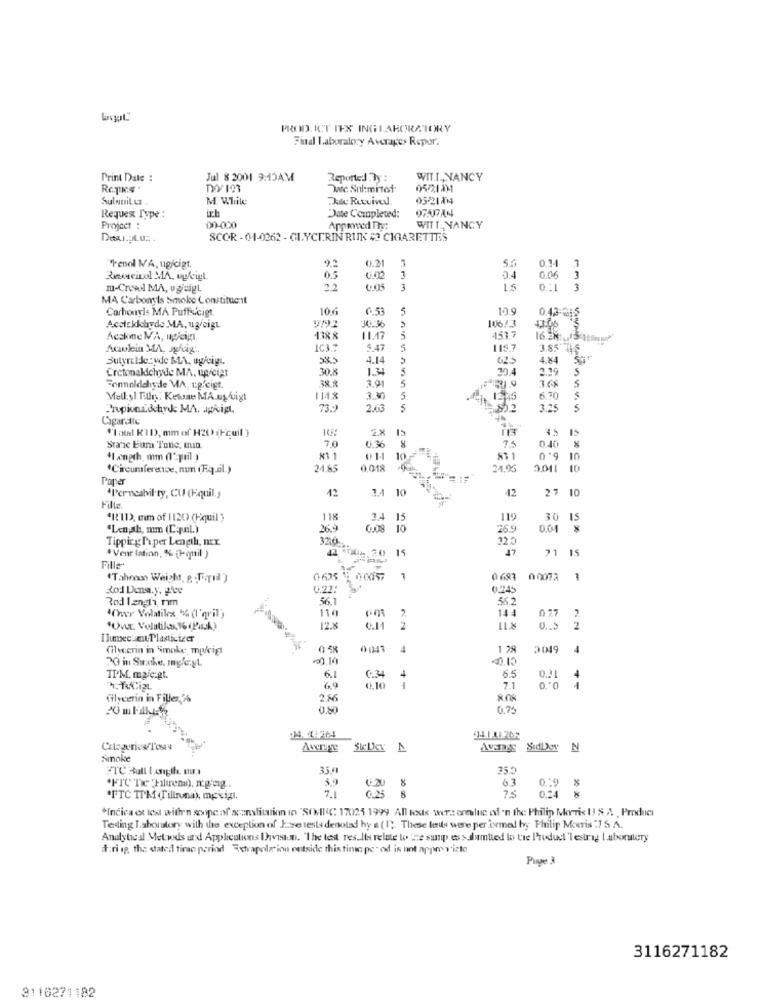
PROD. ICT IES INGLABORATORY
Final Laboratory Averages Repor.
Print Date :
Jul 8 2001 9:15AM
Reported By :
WIT.L ., NANCY
Dasc. Sul:mitot
05/21131
Sulnuit &t .
M. While
Ju Rutvivel
05-21814
ich
Requex Type :
Date Completed:
Project :
00-000
Apprweed Try:
WITT_ NANCY
Desu.pt.u ...
SCOR -01-0262 - GLYCERIN RUNK # CIGARETTES
0.21
0.14
"Fenol MA, ugicigt.
Beweicol MA. uyligt
0.5
6.02
1
0.4
0.06
1.0
3
m-Creed MA, ugjeigl.
22
3
3
MA Carbonyls Smoke Constituent
Carbonyls MA Puffscigt.
10.6
5
10.9
0.43-015
Accteldehyde MA, ug/Gigt
30.36
106/3
43.06
Acakme MA, up/cig
11.17
5
453.7
16.34
Amalein MA, nylig:
IC3:
5.47
5
1157
3.85 715
Sulyreldezyde &LA. ug/uig
4.14
625
4.84
Cretonakichyde MA. up/ciat
30.8
1.34
30.4
2.19
S
38.8
3.91
Formaldehyde MA, L.p.cigt.
5
Methyl Für: Ketune MA.ustigt
1148
330
3
6.70
Propionischyde MA. apkigt.
73.
2.63
5
3.25
Cigar.tle
"I atal KID), mm of H20 (Fcuil )
2.X
15
74
Stane Eum Tone, mun
7.0
0.36
41 20
0.40 %
41.ength. mm (l'april )
81 1
0 1
0-9 10
"Circumference, mm (Fq.il.)
24.85
0.018
24,96
3.011
10
Paper
12
10
12
27 10
4Perneabil ty, CU (Fquil.)
Hille
1.4
*It'ID), em of 1120) (Hquil )
118
14 1
15
119
30
"Length, mm (CapaL)
26.9
-10
26.9
0.01
Tipping Paper Length, nEx.
320
325
20
15
21 15
. Venr latinn, % {1(mil )
Fille
(Tahran Weight, p. Toil)
00057
0683
00072
Kod Dena.y. gece
4.27:
6.245
Rod langh, rim
56.1
552
110
2
144
4wer Volatilex, 5%4 (l'gril')
2
"Unr. Volatiles, 16 (PEA)
12.x
Ilunec:amt Plasticizer
(ilverin in "imake, makig
0 48
0041
4
1 28
2019
4
5.5
TIM, maje:gt.
6.1
C.34
4
4
69
0.10
1
7.1
C
1
Cilycerin in Filler,5%
2.66
0,2
24.4:264
4
Average
N
Smoke
FTC Bull [.ength. uu.]
35.0
59
63
0:9 %
"FTC TIM (Tillnuma), mpvig.
7.1
8
75
0.24 8
*Indica et les with'n scope of acanslitation in "SONIC 17025 1999 All tests were ennluc of 'n the Philip Morris U! & A , Produci
Telling Laboratory with the exception of June tests denoted hy a (1). These les were performed by Philip Morris :7 5.A.
Analyteal Metwds und Applications Ihaveaun. "The test results relate to 'ze susp.es > dumtied lo tre Product 'lestrag Laboralery
#:ri ip, the stated timo period Extrapole inn outside this time pe" od is not appmy vizte
Pupe 3
3116271182
3110271182